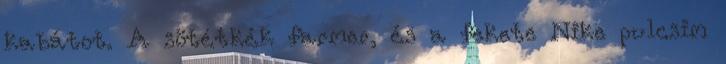
kabátot. A sötétkék farmer, és a fekete Nike pulcsim